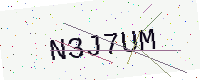
Text: N3J7UM